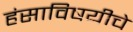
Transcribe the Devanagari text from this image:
हंसाविषयीचे